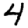
Digit: 4